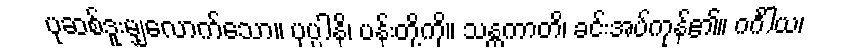
ပုဆစ်ဒူးမျှလောက်သော။ ပုပ္ပါနိ၊ ပန်းတို့ကို။ သန္တကာတိ၊ ခင်းအပ်ကုန်၏။ ဂင်္ဂါယ၊